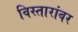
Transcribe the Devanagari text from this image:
विस्तारांवर